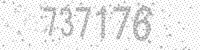
Solution: 737176